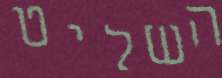
השליט